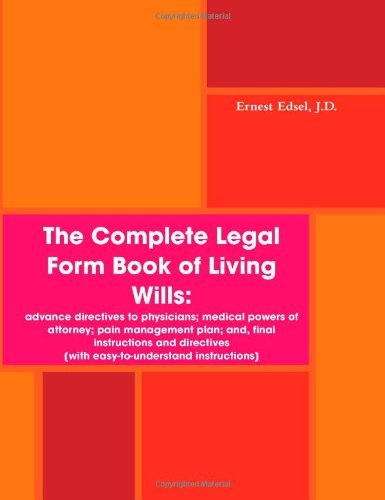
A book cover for The Complete Legal Form Book of Living Wills: advance directives to physicians; medical powers of attorney; pain management plan; and, final instructions and directives [Paperback] [2009] (Author) Ernest Edsel; Law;